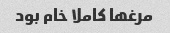
مرغها کاملا خام بود